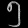
Digit: ၅